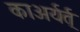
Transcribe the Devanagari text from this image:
काअर्यर्त्